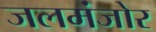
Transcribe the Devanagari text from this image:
जलमंजोर